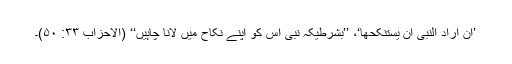
’اِنْ اَرَادَ النَّبِیُّ اَنْ یَسْتَنْکِحَھَا‘، ’’بشرطیکہ نبی اس کو اپنے نکاح میں لانا چاہیں‘‘ (الاحزاب ۳۳: ۵۰)۔